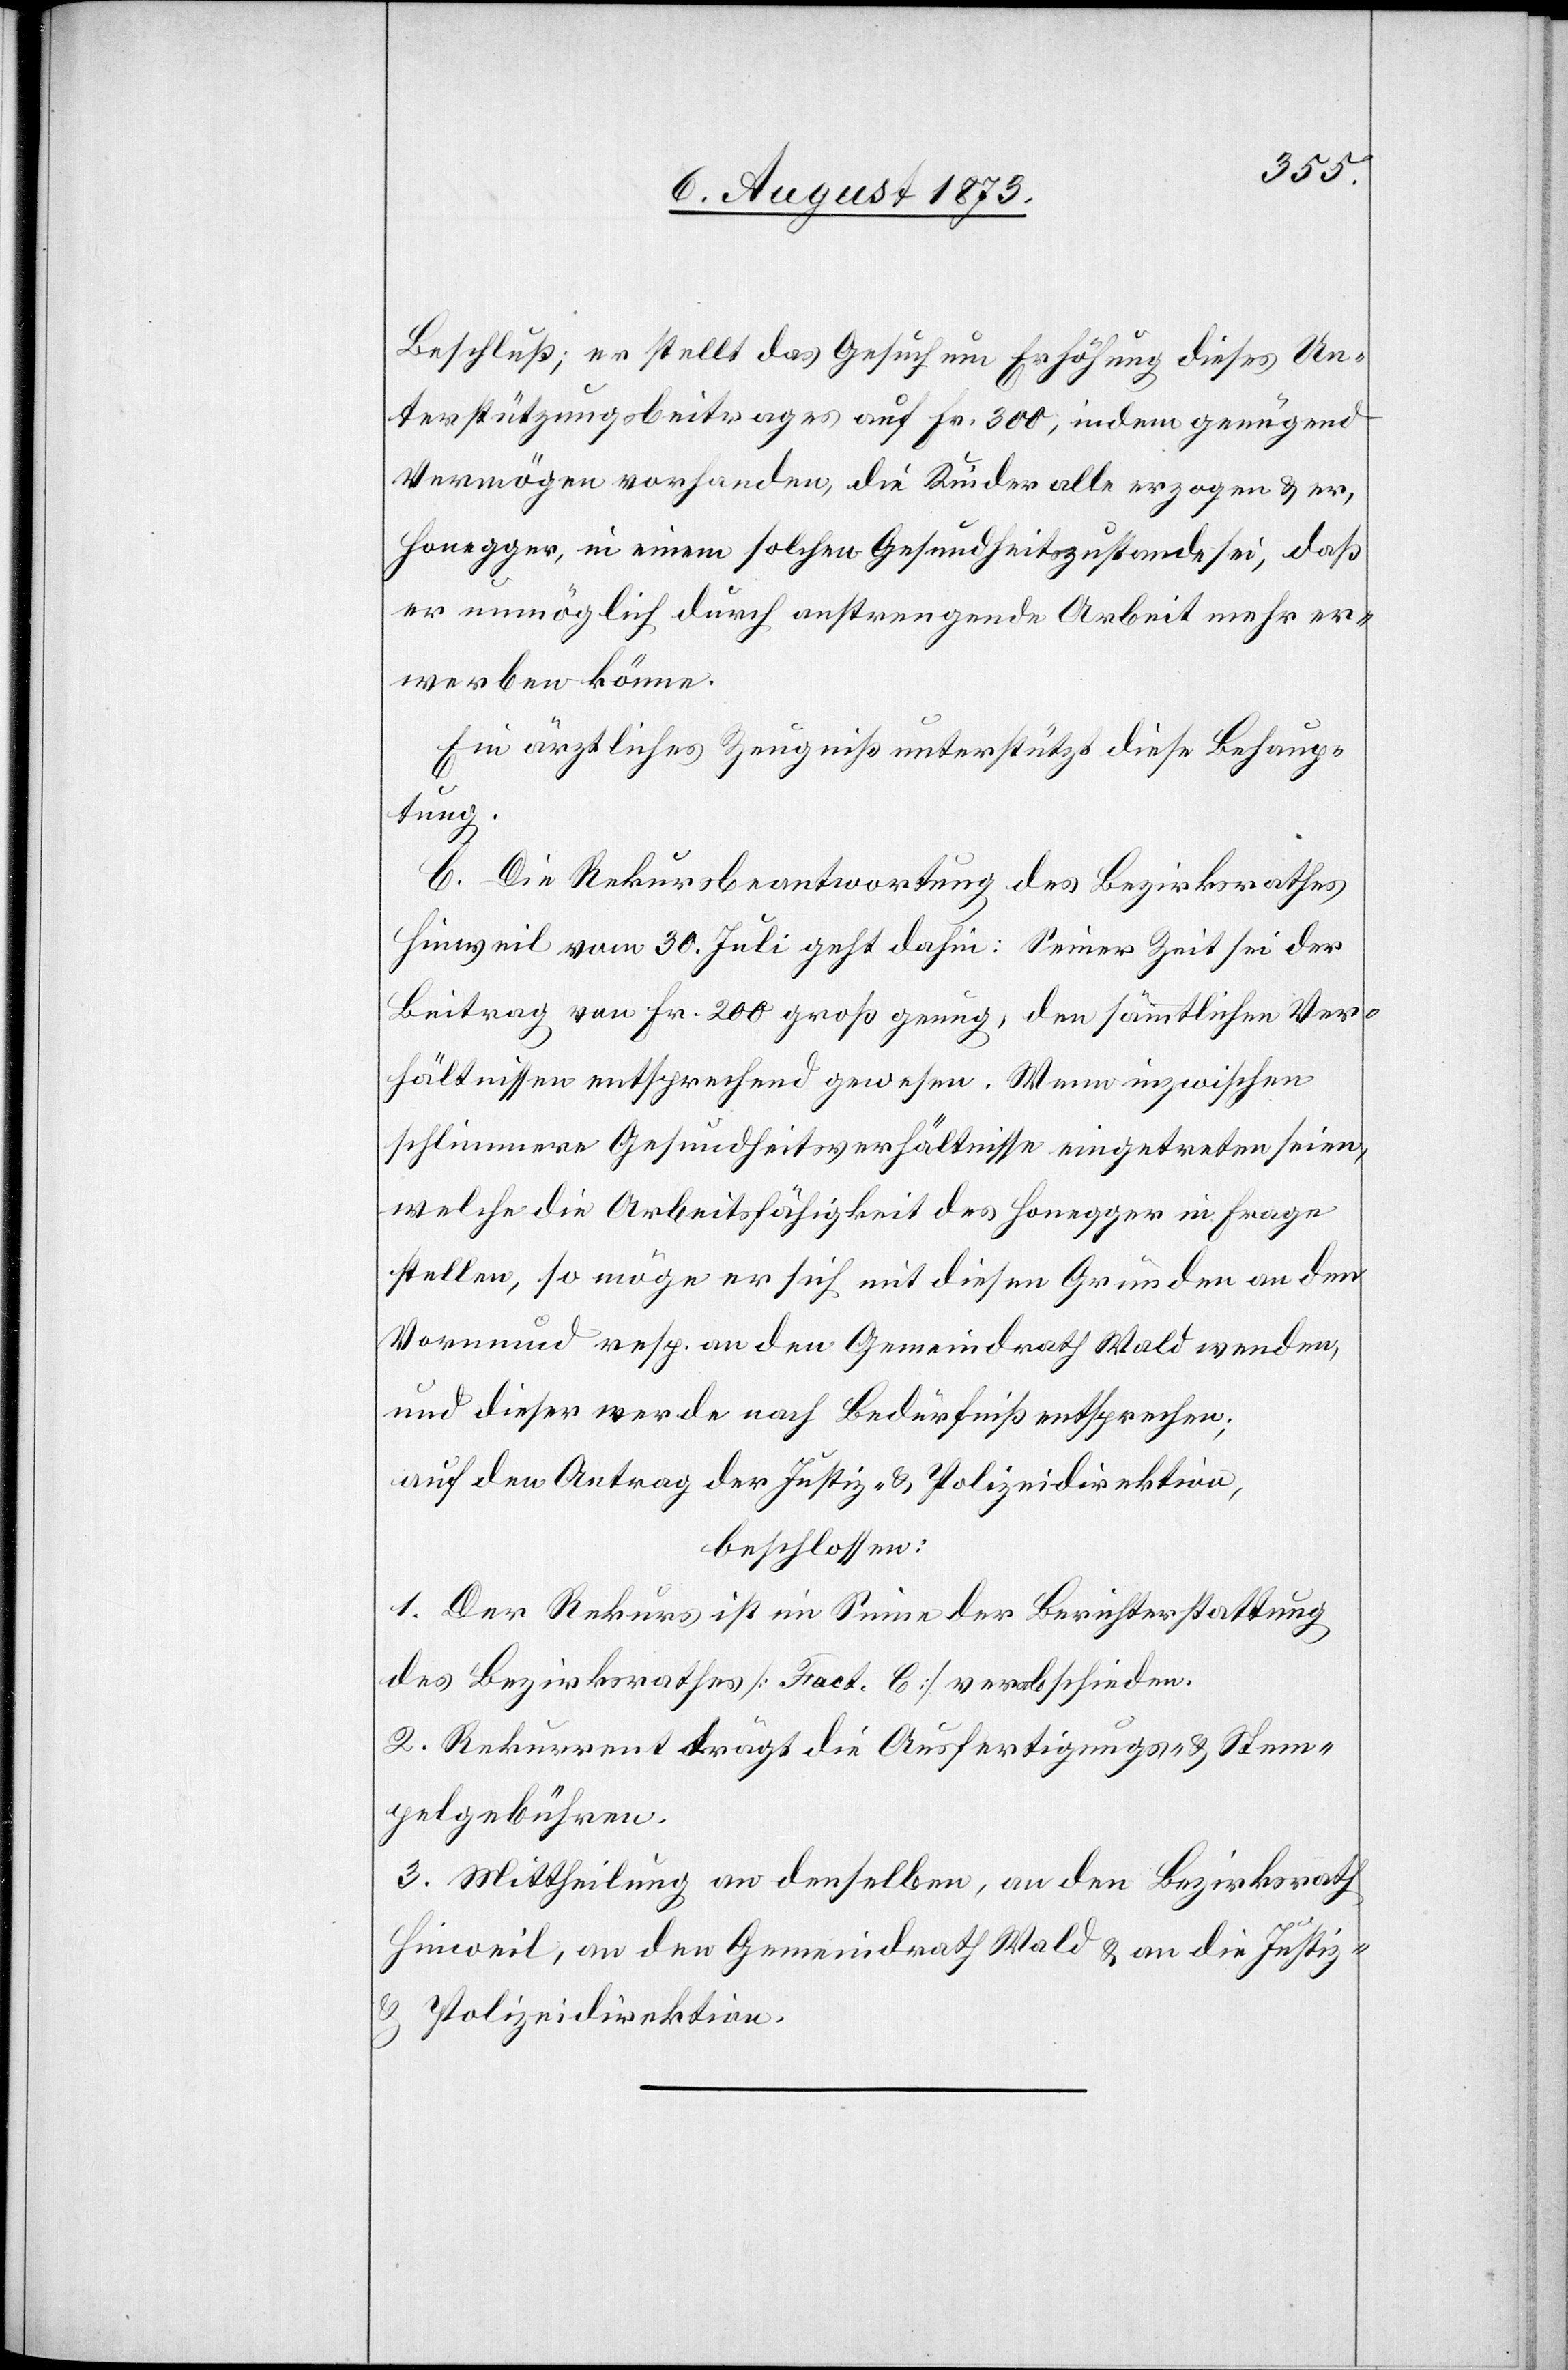
Beschluß; er stellt das Gesuch um Erhöhung dieses Un¬
terstützungsbeitrages auf Fr. 300, indem genügend
Vermögen vorhanden, die Kinder alle erzogen & er,
Honegger, in einem solchen Gesundheitszustande sei, daß
er unmöglich durch anstrengende Arbeit mehr er¬
werben könne.
Ein ärztliches Zeugniß unterstützt diese Behaup¬
tung.
C. Die Rekursbeantwortung des Bezirksrathes
Hinweil vom 30. Juli geht dahin: Seiner Zeit sei der
Beitrag von Fr. 200 groß genug, den sämmtlichen Ver¬
hältnissen entsprechend gewesen. Wenn inzwischen
schlimmere Gesundheitsverhältnisse eingetreten seien,
welche die Arbeitsfähigkeit des Honegger in Frage
stellen, so möge er sich mit diesen Gründen an den
Vormund resp. an den Gemeindrath Wald wenden,
und dieser werde nach Bedürfniß entsprechen;
auf den Antrag der Justiz- & Polizeidirektion,
beschlossen:
1. Der Rekurs ist im Sinne der Berichterstattung
des Bezirksrathes [Fact. C] [zu] verabschieden.
2. Rekurrent trägt die Ausfertigungs- & Stem¬
pelgebühren.
3. Mittheilung an denselben, an den Bezirksrath
Hinweil, an den Gemeindrath Wald & an die Justiz-
& Polizeidirektion.